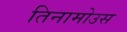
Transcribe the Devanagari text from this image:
तिनामोउस